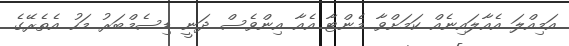
އަމިއްލަ އެއާލައިނެއް ކަމަށްވާ މެންޓާ އެއާ އިންވެސް ދަނީ ޑިސެމްބަރު މަހު އެތެރޭގެ